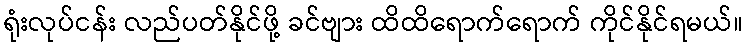
ရုံးလုပ်ငန်း လည်ပတ်နိုင်ဖို့ ခင်ဗျား ထိထိရောက်ရောက် ကိုင်နိုင်ရမယ်။